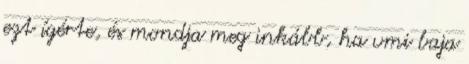
ezt ígérte, és mondja meg inkább, ha vmi baja